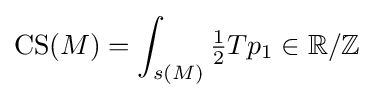
\operatorname {CS} (M)=\int _{s(M)}{\tfrac {1}{2}}Tp_{1}\in \mathbb {R} /\mathbb {Z}